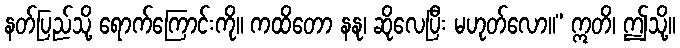
နတ်ပြည်သို့ ရောက်ကြောင်းကို။ ကထိတော နနု၊ ဆိုလေပြီး မဟုတ်လော။” ဣတိ၊ ဤသို့။